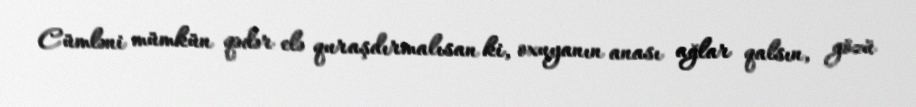
Cümləni mümkün qədər elə quraşdırmalısan ki, oxuyanın anası ağlar qalsın, gözü